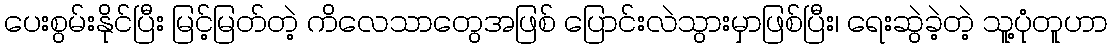
ပေးစွမ်းနိုင်ပြီး မြင့်မြတ်တဲ့ ကိလေသာတွေအဖြစ် ပြောင်းလဲသွားမှာဖြစ်ပြီး၊ ရေးဆွဲခဲ့တဲ့ သူ့ပုံတူဟာ